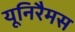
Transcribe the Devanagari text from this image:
यूनिरैमस